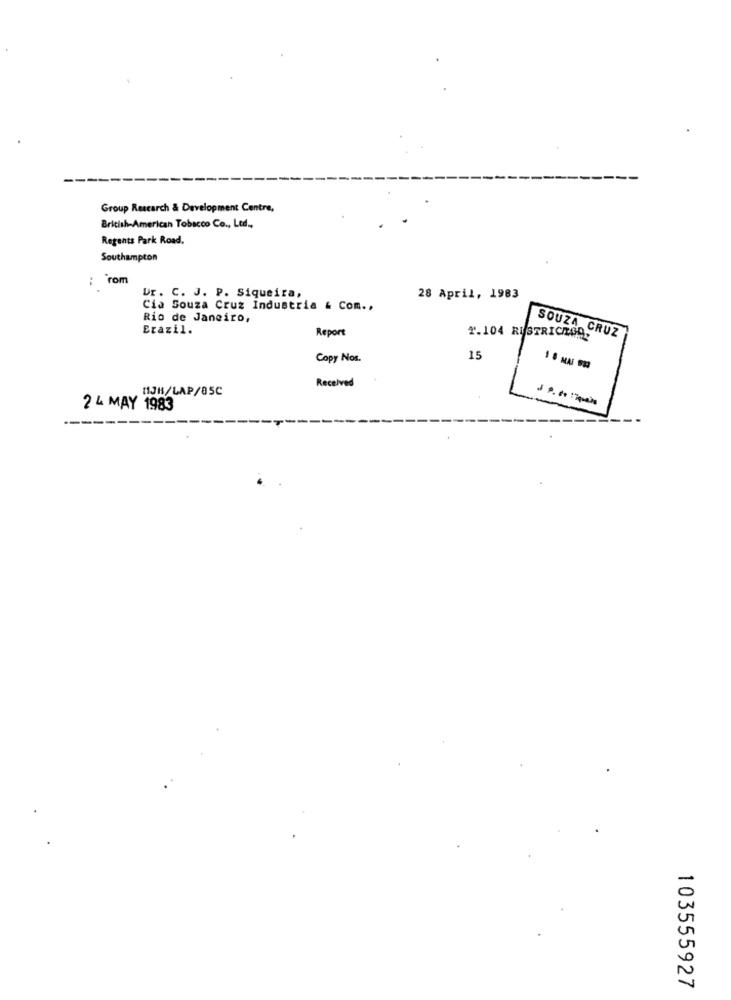
Group Research & Development Centre,
British American Tobacco Co ., Led .,
Regents Park Road.
Southampton
: rom
Ur. C. J. P. Siqueira,
28 April, 1983
Cia Souza Cruz Industria & Com ..
Rio de Janeiro,
Erazil.
Report
1.104 RESTRICHAR,
SOUZA CRUZ
Copy Nos.
15
Received
11JH/LAP/85C
2 4 MAY 1983
103555927